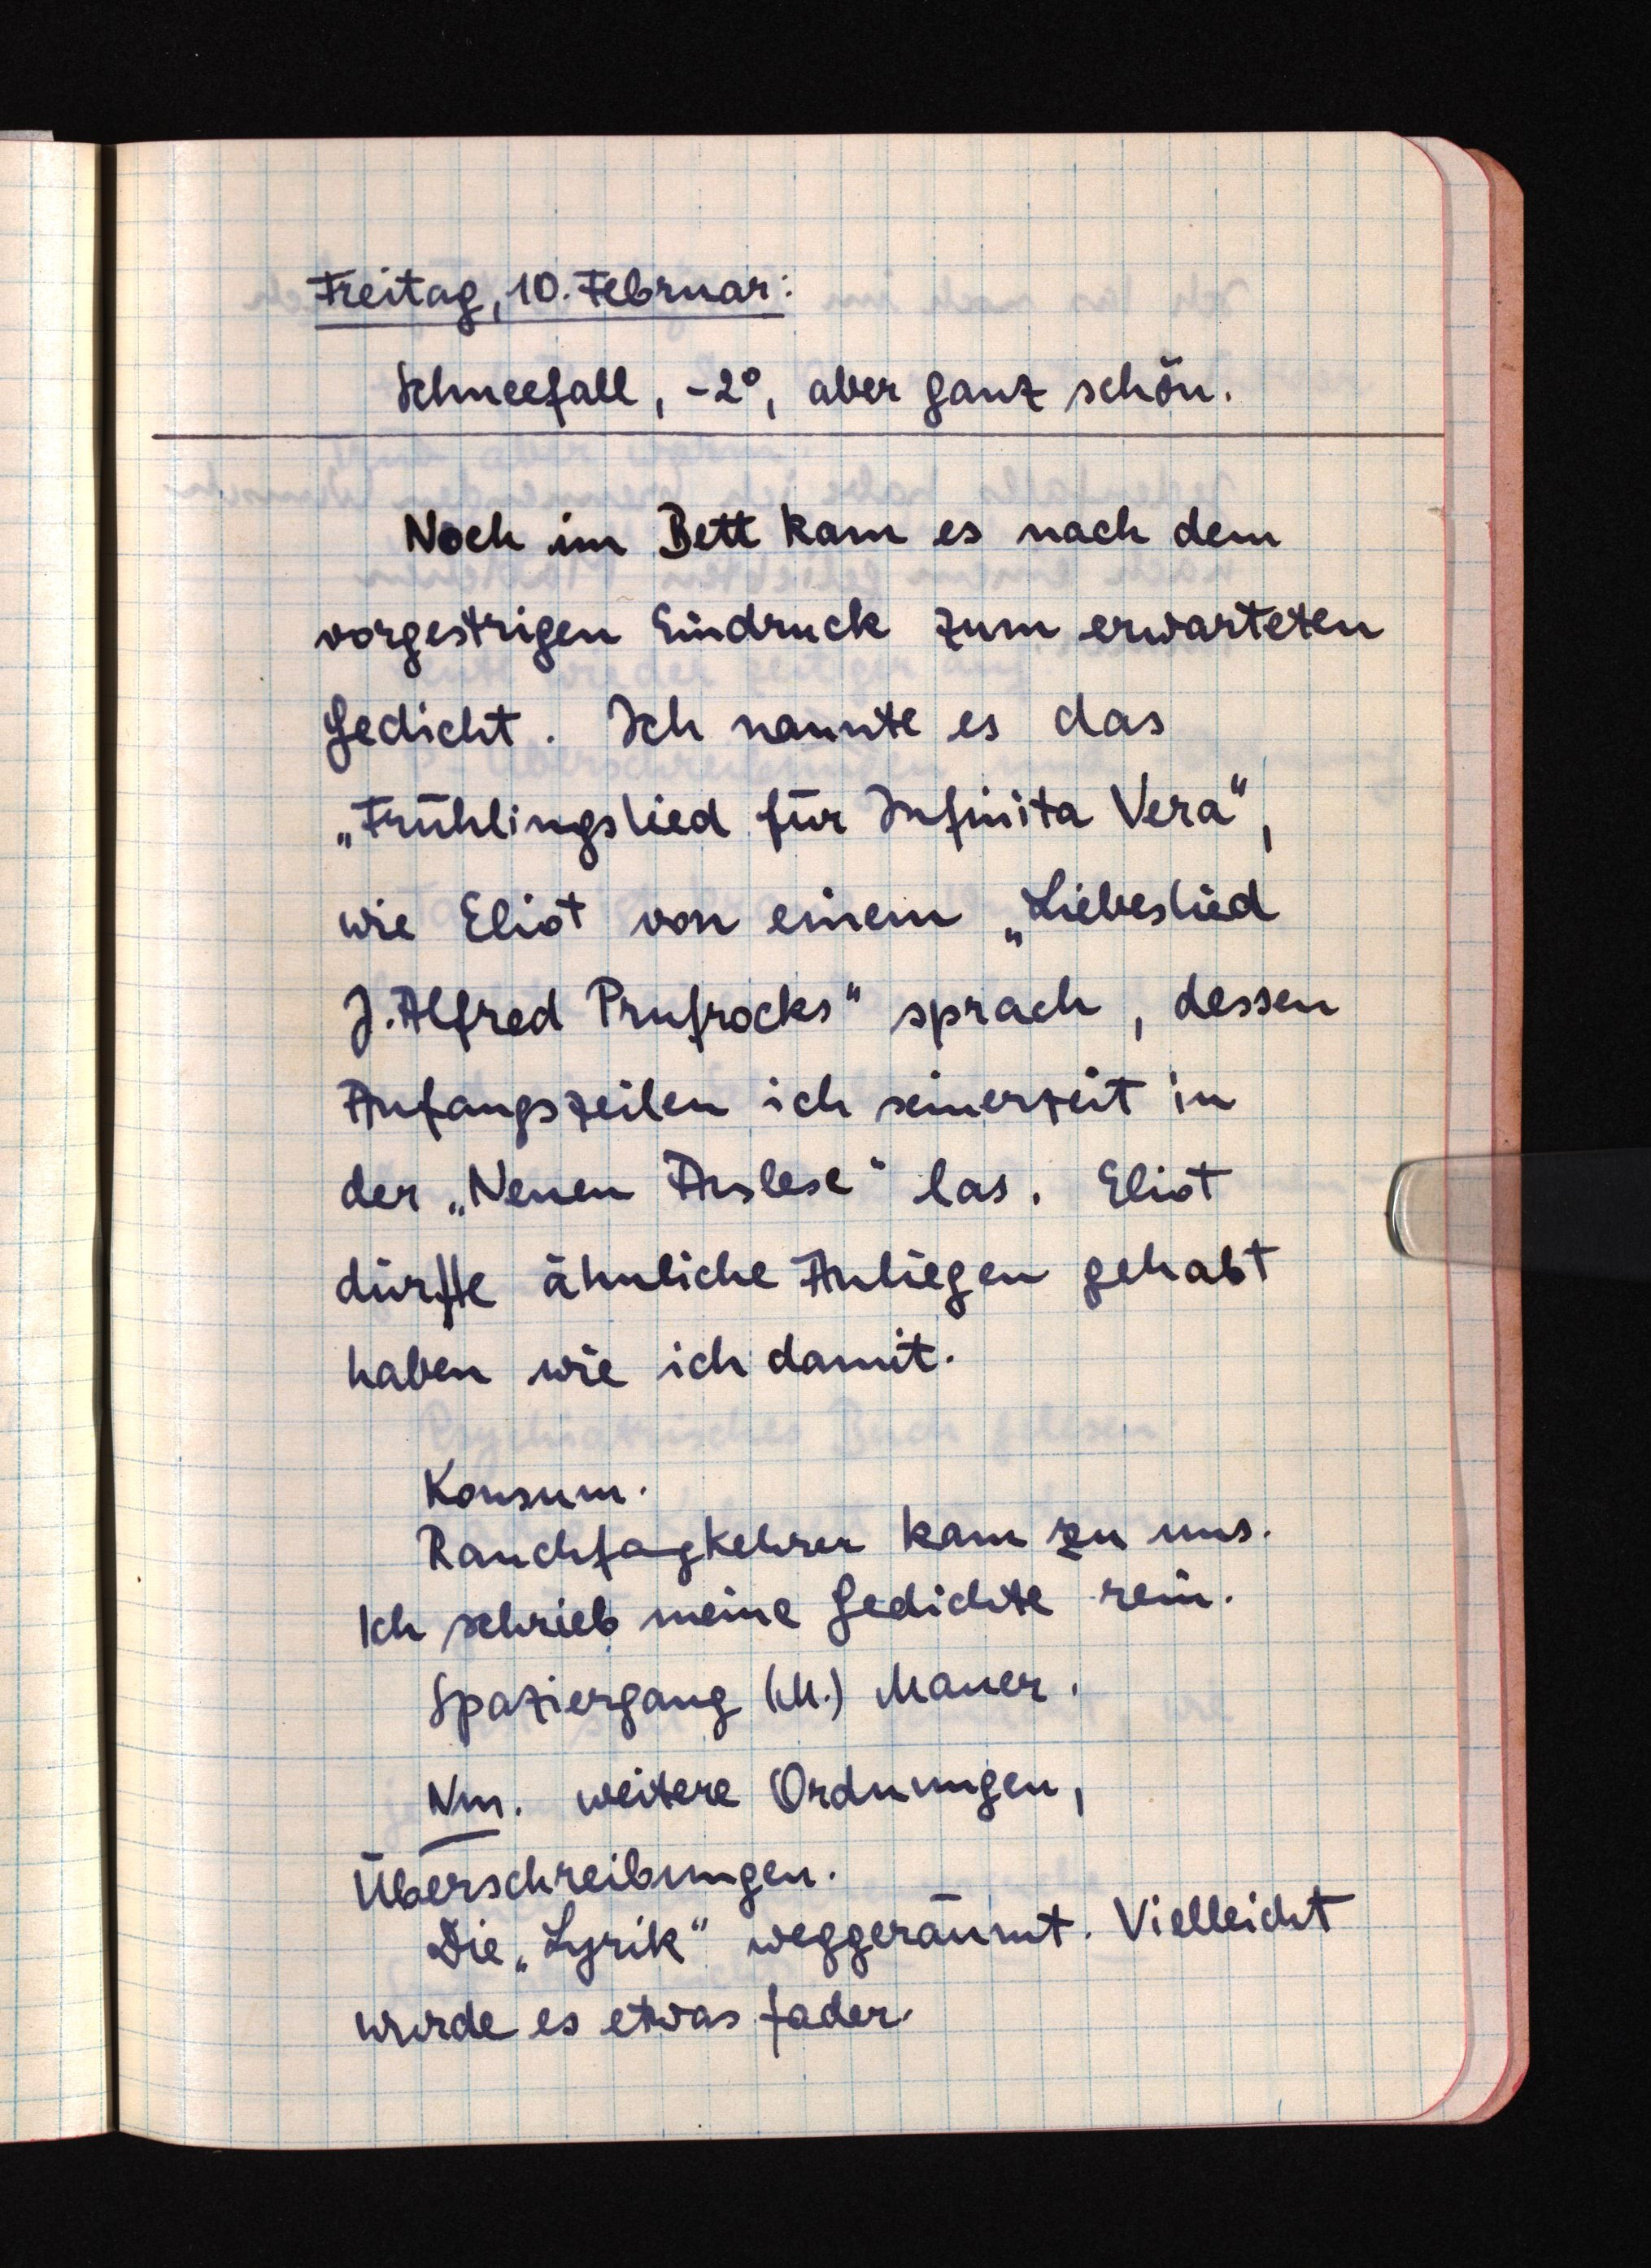
Freitag, 10. Februar:
Schneefall, -2°, aber ganz schön.
Noch im Bett kam es nach dem
vorgestrigen Eindruck zum erwarteten
Gedicht. Ich nannte es das
"Frühlingslied für Infinita Vera",
wie Eliot von einem "Liebeslied
J. Alfred Prufrocks" sprach, dessen
Anfangszeilen ich seinerzeit in
der "Neuen Auslese" las. Eliot
dürfte ähnliche Anliegen gehabt
haben wie ich damit.
Konsum.
Rauchfangkehrer kam zu uns.
Ich schrieb meine Gedichte rein.
Spaziergang (M.) Mauer.
Nm. weitere Ordnungen,
Überschreibungen.
Die "Lyrik" weggeräumt. Vielleicht
wurde es etwas fader.